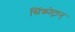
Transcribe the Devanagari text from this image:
सिंक्रोट्रान्